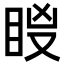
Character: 𥅢